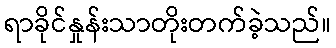
ရာခိုင်နှုန်းသာတိုးတက်ခဲ့သည်။